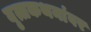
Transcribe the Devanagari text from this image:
वृत्तकथनांवर